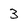
Character: 3